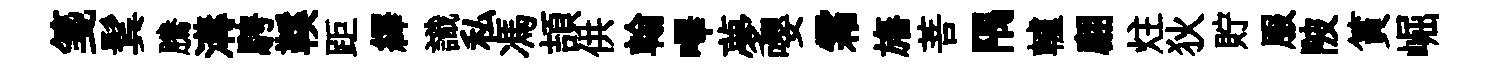
箋鬂騰溝騁鞵距繹識私馮頡供翰嗶夢嚶霜旛菩隅轤翩炷狄貯服陂篔崛